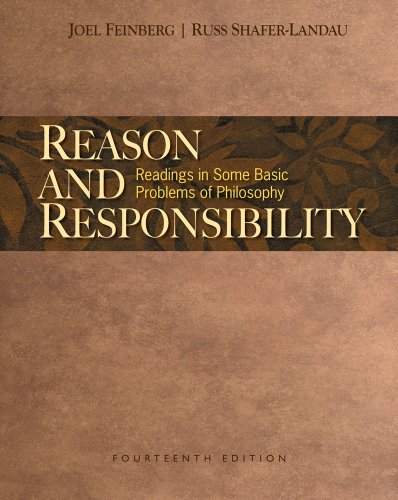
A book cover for Reason and Responsibility: Readings in Some Basic Problems of Philosophy, 14th Edition; Joel Feinberg; Politics & Social Sciences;